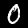
Label: 0